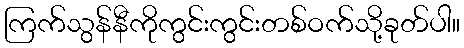
ကြက်သွန်နီကိုကွင်းကွင်းတစ်ဝက်သို့ခုတ်ပါ။